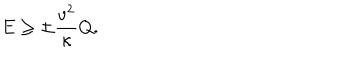
E \ge \pm \frac { v ^ { 2 } } { \kappa } Q .